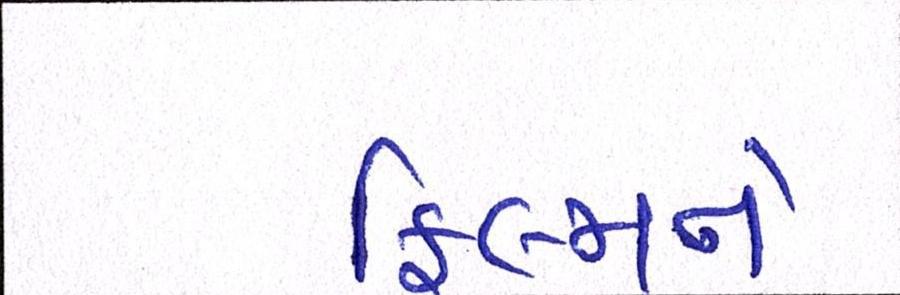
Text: ફિલ્મને